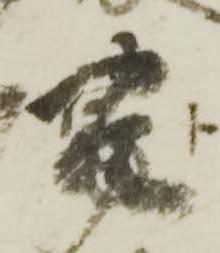
豊